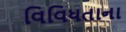
વિવિધતાના